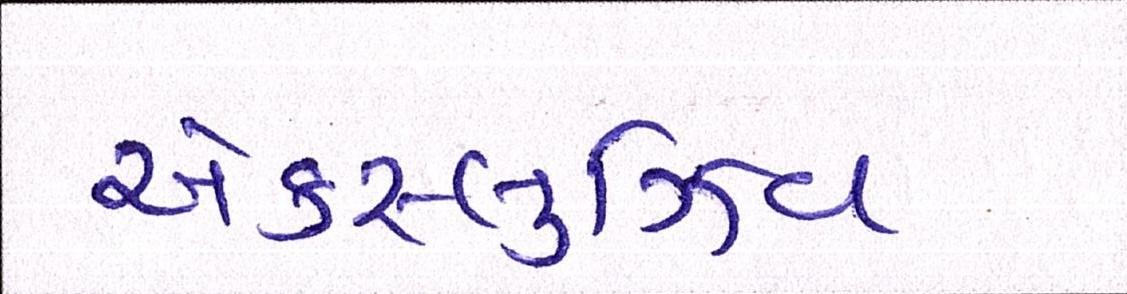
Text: એક્સ્લુઝિવ